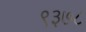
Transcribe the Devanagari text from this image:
९३७८